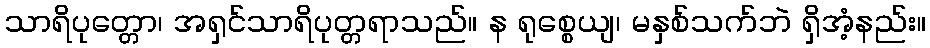
သာရိပုတ္တော၊ အရှင်သာရိပုတ္တရာသည်။ န ရုစ္စေယျ၊ မနှစ်သက်ဘဲ ရှိအံ့နည်း။